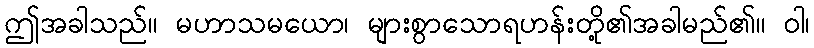
ဤအခါသည်။ မဟာသမယော၊ များစွာသောရဟန်းတို့၏အခါမည်၏။ ဝါ၊